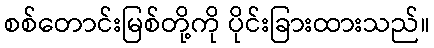
စစ်တောင်းမြစ်တို့ကို ပိုင်းခြားထားသည်။